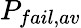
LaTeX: P_{fail,av}